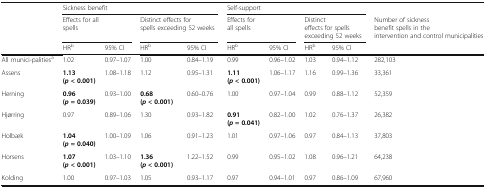
<table><thead><tr><td></td><td colspan="4"><b>Sickness benefit</b></td><td colspan="4"><b>Self-support</b></td><td></td></tr><tr><td></td><td colspan="2"><b>Effects for all spells</b></td><td colspan="2"><b>Distinct effects for spells exceeding 52 weeks</b></td><td colspan="2"><b>Effects for all spells</b></td><td colspan="2"><b>Distinct effects for spells exceeding 52 weeks</b></td><td><b>Number of sickness benefit spells in the intervention and control municipalities</b></td></tr><tr><td></td><td><b>HR<sup>b</sup></b></td><td><b>95% CI</b></td><td><b>HR<sup>b</sup></b></td><td><b>95% CI</b></td><td><b>HR<sup>b</sup></b></td><td><b>95% CI</b></td><td><b>HR<sup>b</sup></b></td><td><b>95% CI</b></td><td></td></tr></thead><tbody><tr><td>All munici-palities<sup>a</sup></td><td>1.02</td><td>0.97–1.07</td><td>1.00</td><td>0.84–1.19</td><td>0.99</td><td>0.96–1.02</td><td>1.03</td><td>0.94–1.12</td><td>282,103</td></tr><tr><td>Assens</td><td><b>1.13</b><b>(</b><b><i>p</i></b> <b>&lt; 0.001)</b></td><td>1.08–1.18</td><td>1.12</td><td>0.95–1.31</td><td><b>1.11</b><b>(</b><b><i>p</i></b> <b>&lt; 0.001)</b></td><td>1.06–1.17</td><td>1.16</td><td>0.99–1.36</td><td>33,361</td></tr><tr><td>Herning</td><td><b>0.96</b><b>(</b><b><i>p</i></b> <b>= 0.039)</b></td><td>0.93–1.00</td><td><b>0.68</b><b>(</b><b><i>p</i></b> <b>&lt; 0.001)</b></td><td>0.60–0.76</td><td>1.00</td><td>0.97–1.04</td><td>0.99</td><td>0.88–1.12</td><td>52,359</td></tr><tr><td>Hjørring</td><td>0.97</td><td>0.89–1.06</td><td>1.30</td><td>0.93–1.82</td><td><b>0.91</b><b>(</b><b><i>p</i></b> <b>= 0.041)</b></td><td>0.82–1.00</td><td>1.02</td><td>0.76–1.37</td><td>26,382</td></tr><tr><td>Holbæk</td><td><b>1.04</b><b>(</b><b><i>p</i></b> <b>= 0.040)</b></td><td>1.00–1.09</td><td>1.06</td><td>0.91–1.23</td><td>1.01</td><td>0.97–1.06</td><td>0.97</td><td>0.84–1.13</td><td>37,803</td></tr><tr><td>Horsens</td><td><b>1.07</b><b>(</b><b><i>p</i></b> <b>&lt; 0.001)</b></td><td>1.03–1.10</td><td><b>1.36</b><b>(</b><b><i>p</i></b> <b>&lt; 0.001)</b></td><td>1.22–1.52</td><td>0.99</td><td>0.95–1.02</td><td>1.08</td><td>0.96–1.21</td><td>64,238</td></tr><tr><td>Kolding</td><td>1.00</td><td>0.97–1.03</td><td>1.05</td><td>0.93–1.17</td><td>0.97</td><td>0.94–1.01</td><td>0.97</td><td>0.86–1.09</td><td>67,960</td></tr></tbody></table>